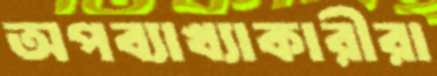
অপব্যাখ্যাকারীরা